画像に写った文字を読んでください
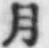
「月」と書いてあります